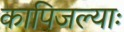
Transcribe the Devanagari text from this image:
कापिजल्याः